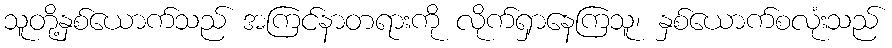
သူတို့နှစ်ယောက်သည် အကြင်နာတရားကို လိုက်ရှာနေကြသူ၊ နှစ်ယောက်စလုံးသည်